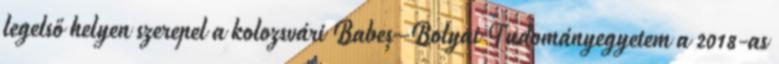
legelső helyen szerepel a kolozsvári Babeș–Bolyai Tudományegyetem a 2018-as